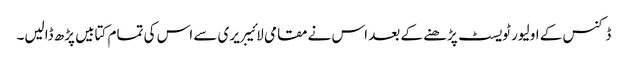
ڈکنس کے اولیور ٹویسٹ پڑھنے کے بعد اس نے مقامی لائیبریری سے اس کی تمام کتابیں پڑھ ڈالیں۔